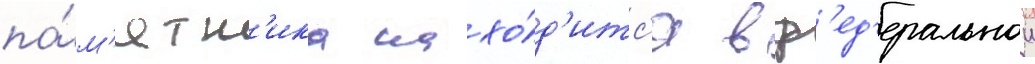
па́м'ятн'ика нахо́д'итс'я в ф'ед'еральнои